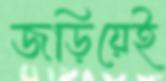
জড়িয়েই